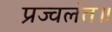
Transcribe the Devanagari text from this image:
प्रज्वलंत॥